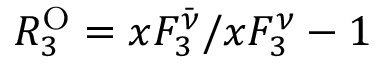
{ \cal R } _ { 3 } ^ { \mathrm { O } } = x F _ { 3 } ^ { \bar { \nu } } / x F _ { 3 } ^ { \nu } - 1